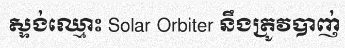
ស្ទង់ឈ្មោះ Solar Orbiter នឹងត្រូវបាញ់